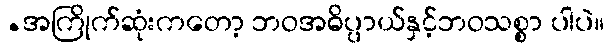
.အကြိုက်ဆုံးကတော့ ဘဝအဓိပ္ပာယ်နှင့်ဘဝသစ္စာ ပါပဲ။